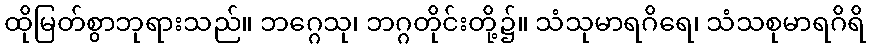
ထိုမြတ်စွာဘုရားသည်။ ဘဂ္ဂေသု၊ ဘဂ္ဂတိုင်းတို့၌။ သံသုမာရဂိရေ၊ သံသစုမာရဂိရိ